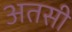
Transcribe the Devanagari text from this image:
अतसी